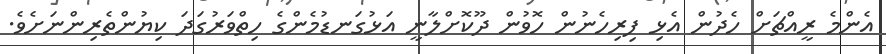
އެންމެ ރީއްޗަށް ހެދުން އެޅި ފިރިހެނުން ހޮވުން ދޫކޮށްލާނީ އަޅުގަނޑުމެންގެ ހިތްވަރުގަދަ ކިޔުންތެރިންނަށެވެ.